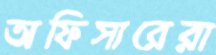
অফিসারেরা